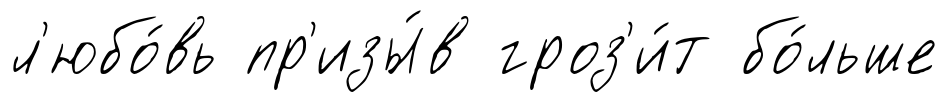
л'юбо́вь пр'изы́в гроз'и́т бо́льше